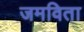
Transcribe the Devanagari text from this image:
जमविता